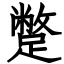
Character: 蹩